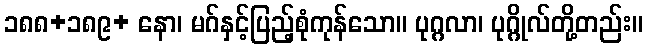
၁၈၈+၁၈၉+ နော၊ မဂ်နှင့်ပြည့်စုံကုန်သော။ ပုဂ္ဂလာ၊ ပုဂ္ဂိုလ်တို့တည်း။